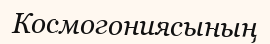
Космогониясының